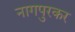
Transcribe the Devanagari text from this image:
नागपुरकर